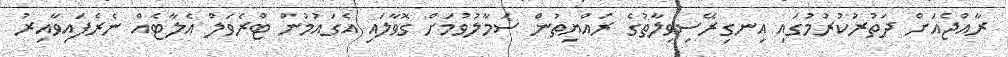
ރާއްޖެއަށް ދަތުރުކުރުމުގައި އިނގިރޭސިވިލާތުގެ ރައްޔިތުން ސަމާލުވުމަށް ގޮވާލައި އެގައުމުން ޓްރެވަލް އެލާޓެއް ނެރެފައިވާއިރު